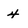
Character: 4